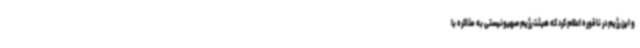
و این رژیم در ناقوره اعلام کرد که هیئت رژیم صهیونیستی به مذاکره با